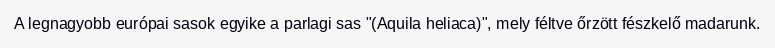
A legnagyobb európai sasok egyike a parlagi sas "(Aquila heliaca)", mely féltve őrzött fészkelő madarunk.